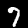
Label: 7